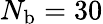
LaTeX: N_{\mathrm{b}}=30